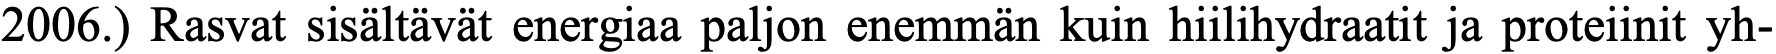
2006.) Rasvat sisältävät energiaa paljon enemmän kuin hiilihydraatit ja proteiinit yh-